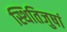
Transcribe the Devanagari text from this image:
स्थितिजुषां